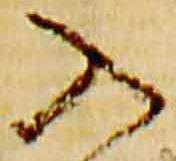
入